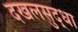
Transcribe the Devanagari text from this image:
दखलसुद्धा